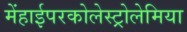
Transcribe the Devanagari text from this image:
मेंहाईपरकोलेस्ट्रोलेमिया